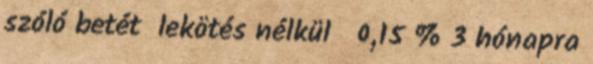
szóló betét lekötés nélkül 0,15 % 3 hónapra